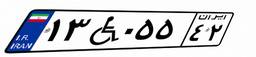
۱۳W۰۵۵۴۲